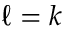
\ell = k